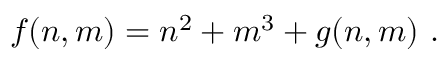
f ( n , m ) = n ^ { 2 } + m ^ { 3 } + g ( n , m ) ~ .